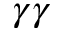
\gamma \gamma